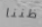
ظننا